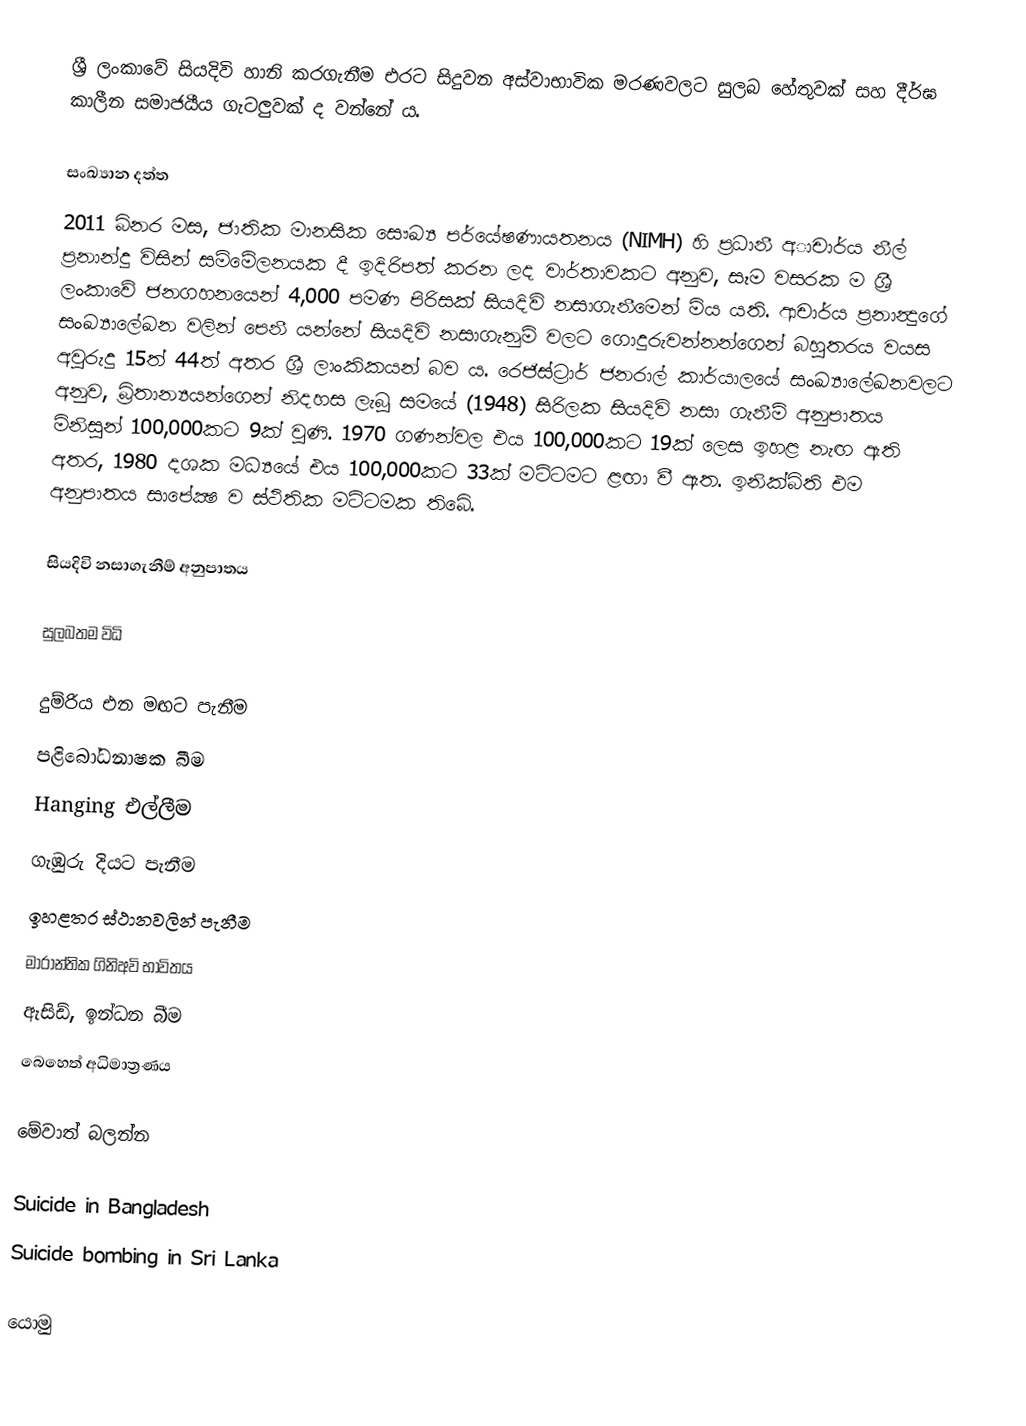
ශ්‍රී ලංකාවේ සියදිවි හානි කරගැනීම එරට සිදුවන අස්වාභාවික මරණවලට සුලබ හේතුවක් සහ දීර්ඝ කාලීන සමාජයීය ගැටලුවක් ද වන්නේ ය.

සංඛ්‍යාන දත්ත
2011 බිනර මස, ජාතික මානසික සෞඛ්‍ය පර්යේෂණායතනය (NIMH) හි ප්‍රධානී අාචාර්ය නීල් ප්‍රනාන්දු විසින් සම්මේලනයක දී ඉදිරිපත් කරන ලද වාර්තාවකට අනුව,  සෑම වසරක ම ශ්‍රී ලංකාවේ ජනගහනයෙන් 4,000 පමණ පිරිසක් සියදිවි නසාගැනීමෙන් මිය යති. ආචාර්ය ප්‍රනාන්‍දුගේ සංඛ්‍යාලේඛන වලින් පෙනී යන්නේ සියදිවි නසාගැනුම් වලට ගොදුරුවන්නන්ගෙන් බහුතරය වයස අවුරුදු 15ත් 44ත් අතර ශ්‍රී ලාංකිකයන් බව ය. රෙජිස්ට්‍රාර් ජනරාල් කාර්යාලයේ සංඛ්‍යාලේඛනවලට අනුව, බ්‍රිතාන්‍යයන්ගෙන් නිදහස ලැබූ සමයේ (1948) සිරිලක සියදිවි නසා ගැනීම් අනුපාතය මිනිසුන් 100,000කට 9ක් වුණි. 1970 ගණන්වල එය 100,000කට 19ක් ලෙස ඉහළ නැඟ ඇති අතර, 1980 දශක මධ්‍යයේ එය 100,000කට 33ක් මට්ටමට ළඟා වී ඇත. ඉනික්බිති එම අනුපාතය සාපේක්‍ෂ ව ස්ථිතික මට්ටමක තිබේ.

සියදිවි නසාගැනීම් අනුපාතය

සුලබතම විධි

 දුම්රිය එන මඟට පැනීම
 පළිබෝධනාෂක බීම
 Hanging එල්ලීම
 ගැඹුරු දියට පැනීම
 ඉහළතර ස්ථානවලින් පැනීම
 මාරාන්තික ගිනිඅවි භාවිතය
 ඇසිඩ්, ඉන්ධන බීම
 බෙහෙත් අධිමාත්‍රණය

මේවාත් බලන්න

 Suicide in Bangladesh
 Suicide bombing in Sri Lanka

යොමු